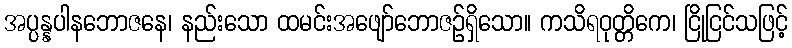
အပ္ပန္နပါနဘောဇနေ၊ နည်းသော ထမင်းအဖျော်ဘောဇဉ်ရှိသော။ ကသိရဝုတ္တိကေ၊ ငြိုငြင်သဖြင့်